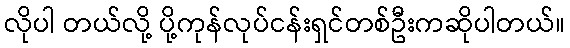
လိုပါ တယ်လို့ ပို့ကုန်လုပ်ငန်းရှင်တစ်ဦးကဆိုပါတယ်။